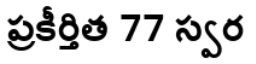
ప్రకీర్తిత 77 స్వర